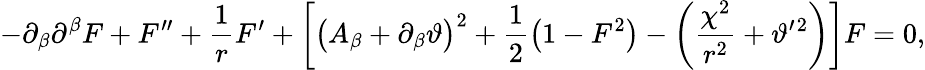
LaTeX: -\partial_{\beta}\partial^{\beta}F+F^{\prime\prime}+\frac{1}{r}F^{\prime}+\left[\big(A_{\beta}+\partial_{\beta}\vartheta\big)^{2}+\frac 12\big(1-F^{2}\big)-\left(\frac{\chi^{2}}{r^{2}}+\vartheta^{\prime}{}^{2}\right)\right]F=0,